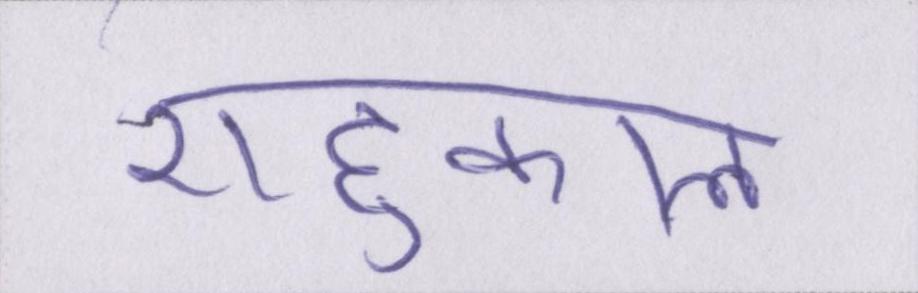
राहुकाल